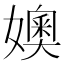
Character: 㜩